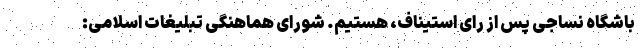
باشگاه نساجی پس از رای استیناف، هستیم. شورای هماهنگی تبلیغات اسلامی: